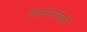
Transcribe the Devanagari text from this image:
कल्पतरूंची